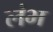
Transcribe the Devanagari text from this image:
लंभ